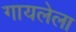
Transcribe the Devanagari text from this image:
गायलेला